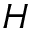
H